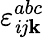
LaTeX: \varepsilon_{\mathit{i}j\mathbf{k}}^{abc}